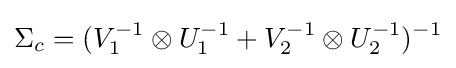
\Sigma _{c}=(V_{1}^{-1}\otimes U_{1}^{-1}+V_{2}^{-1}\otimes U_{2}^{-1})^{-1}